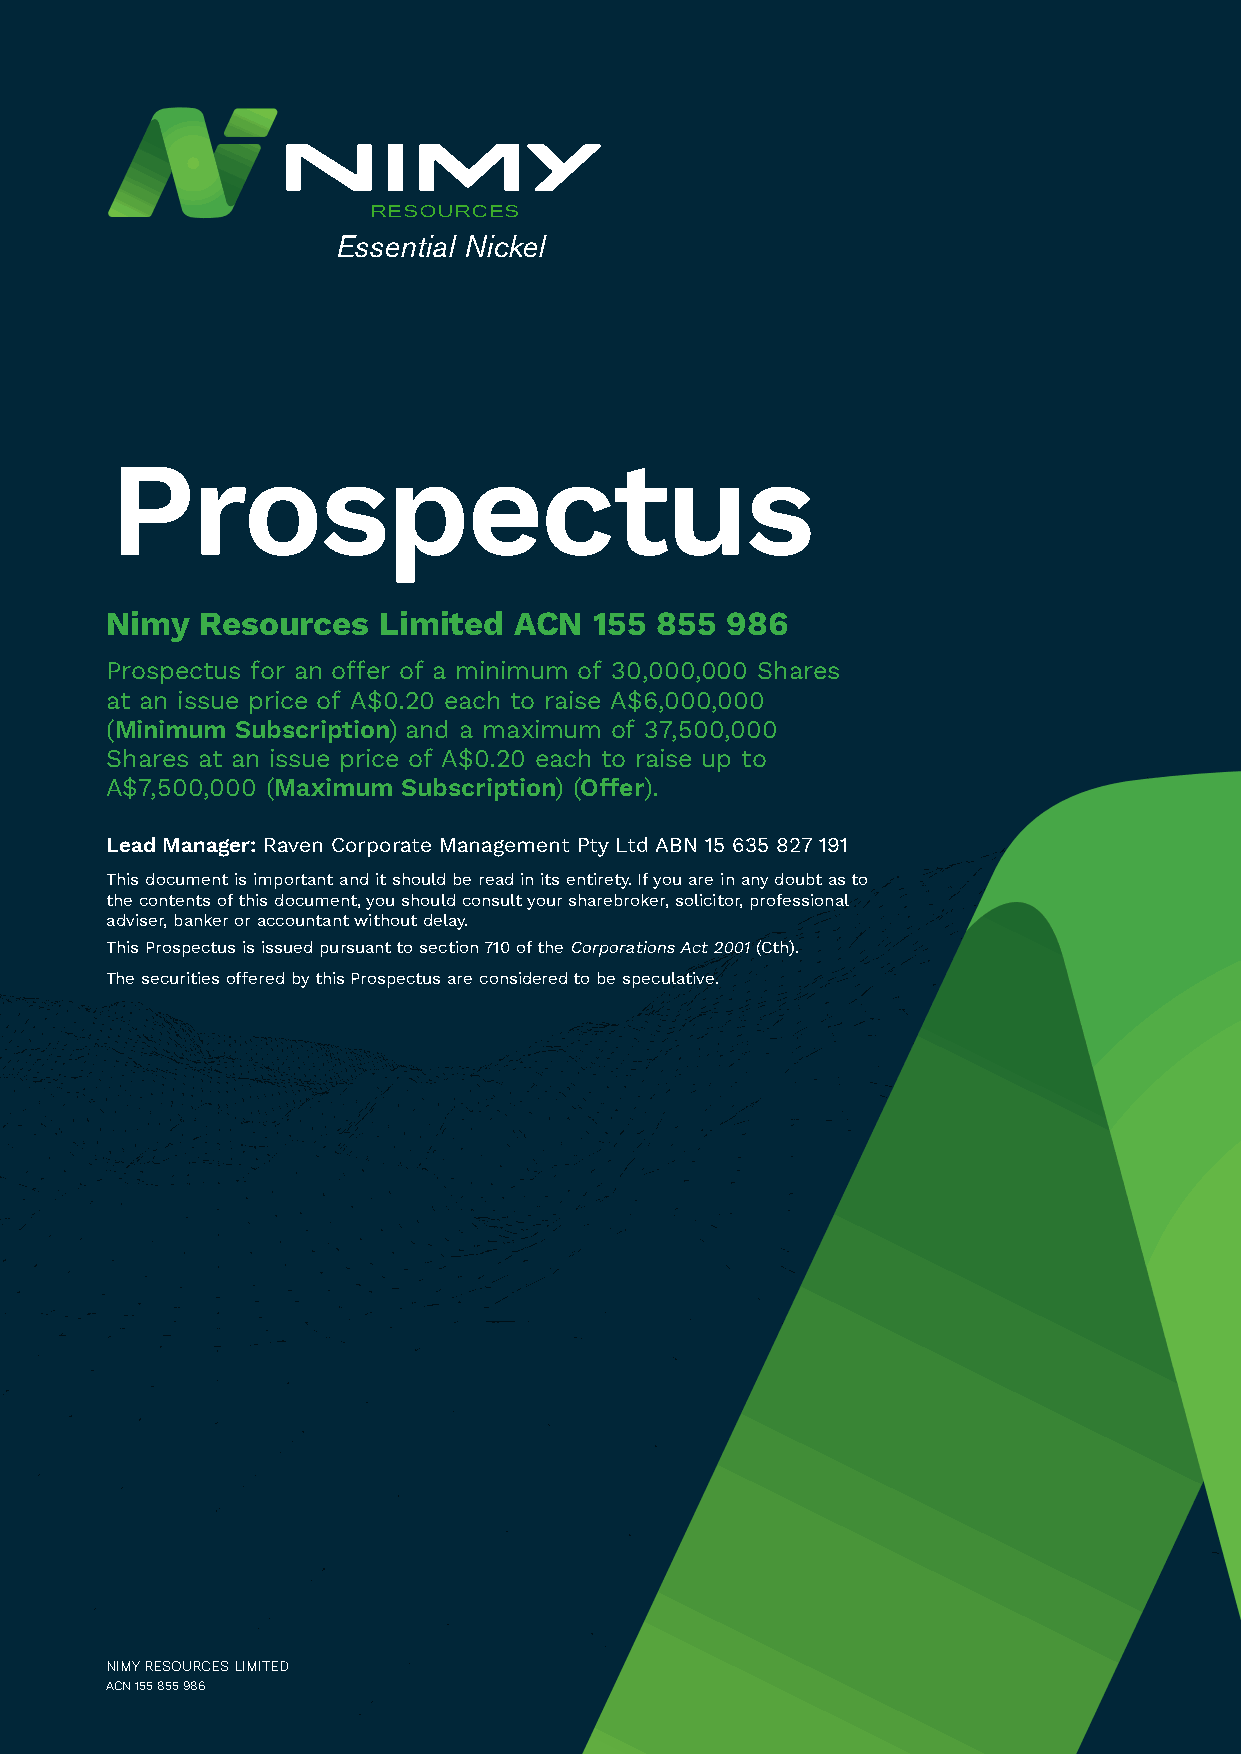
RESOURCES
 Essential Nickel
 Prospectus
 Nimy  Resources   Limited  ACN  155 855  986
 Prospectus for an offer of a minimum of 30,000,000 Shares
 at an issue price of A$0.20 each to raise A$6,000,000
 (Minimum Subscription) and a maximum of 37,500,000
 Shares at an issue price of A$0.20 each to raise up to
 A$7,500,000 (Maximum Subscription) (Offer).
 Lead Manager: Raven Corporate Management Pty Ltd ABN 15 635 827 191
 This document is important and it should be read in its entirety. If you are in any doubt as to
 the contents of this document, you should consult your sharebroker, solicitor, professional
 adviser, banker or accountant without delay.
 This Prospectus is issued pursuant to section 710 of the Corporations Act 2001 (Cth).
 The securities offered by this Prospectus are considered to be speculative.
 NIMY RESOURCES LIMITED
 ACN 155 855 986